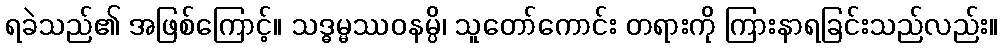
ရခဲသည်၏ အဖြစ်ကြောင့်။ သဒ္ဓမ္မဿဝနမ္ပိ၊ သူတော်ကောင်း တရားကို ကြားနာရခြင်းသည်လည်း။